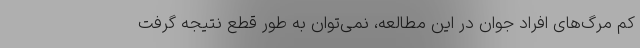
کم مرگ‌های افراد جوان در این مطالعه، نمی‌توان به طور قطع نتیجه گرفت